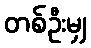
တစ်ဦးမျှ